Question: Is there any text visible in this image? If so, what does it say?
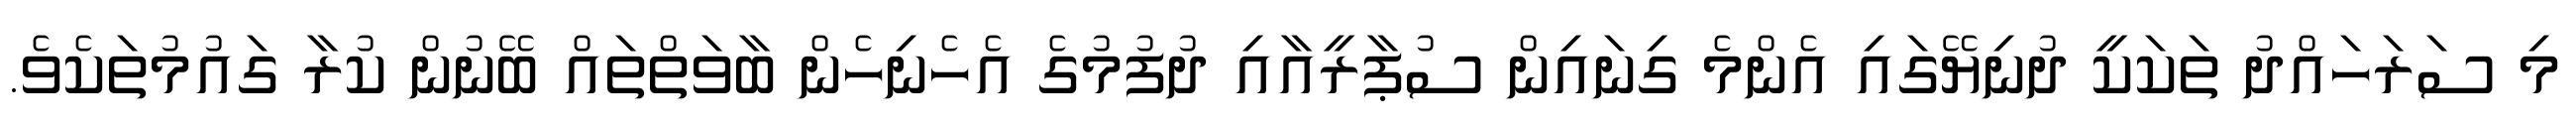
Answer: މި ސަރަހައްދު ތަކަކީ ދުނިޔޭގައި އެންމެ ގިނައިން ސުޕާރީއާއި ދުފުމުގެ އެހެނިހެން ބާވަތްތައް ބޭނުން ކުރާ ގައުމުތަކެވެ.